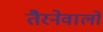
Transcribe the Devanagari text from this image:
तैरनेवालों